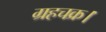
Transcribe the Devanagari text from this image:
ग्रहचक्र।